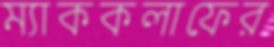
ম্যাককলাফের